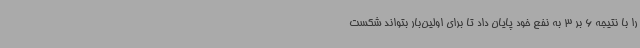
را با نتیجه 6 بر 3 به نفع خود پایان داد تا برای اولین‌بار بتواند شکست